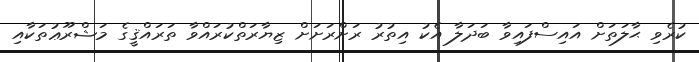
ކުރެވި ޙާލަތަށް އައިސްފައިވާ ބަދަލާ އެކު އިތުރު ރަށްރަށަށް ޒިޔާރަތްކުރައްވާ ތަރައްޤީގެ މަޝްރޫޢުތަކާއި